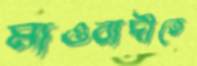
মাওবাদীতে